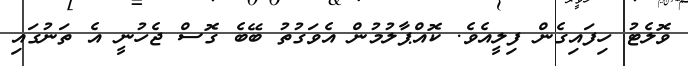
ވޮލެޓު ހިފައިގެން ފިލީއެވެ. ކޮއްޕާލުމުން އެވަގުތު ބޭބެ ގޮސް ޖެހުނީ އެ ތަނުގައި